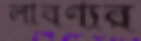
লাবণ্যর